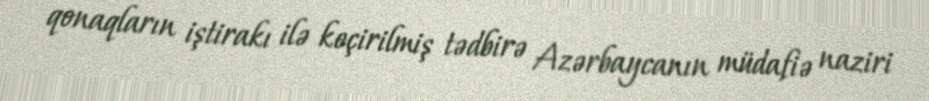
qonaqların iştirakı ilə keçirilmiş tədbirə Azərbaycanın müdafiə naziri